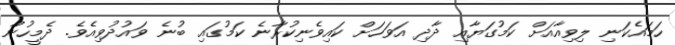
ހަމައެކަނި ލިވިއާއަށް ކަމުގަޔާއި ދާދި އަވަހަށް ކައިވެނިކުރާނެ ކަމުގައި ބުނެ ވައުދުވިއެވެ. ދެމީހުން